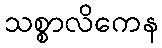
သစ္စာလိကေန